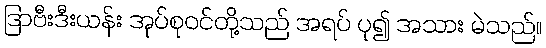
ဒြာဗီးဒီးယန်း အုပ်စုဝင်တို့သည် အရပ် ပု၍ အသား မဲသည်။